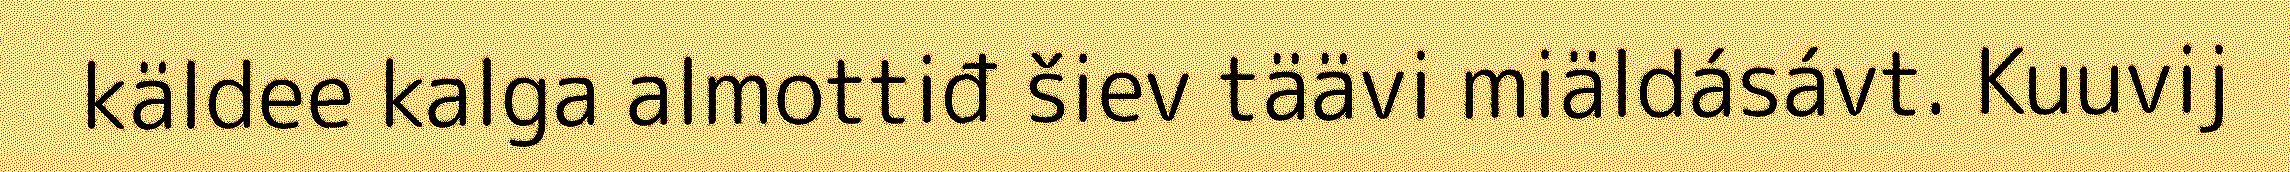
käldee kalga almottiđ šiev täävi miäldásávt. Kuuvij